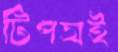
টিপসই